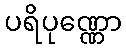
ပရိပုဏ္ဏော